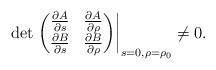
LaTeX: \begin{align*} \det \left.\begin{pmatrix}\frac{\partial A}{\partial s} & \frac{\partial A}{\partial\rho} \\\frac{\partial B}{\partial s} & \frac{\partial B}{\partial\rho}\end{pmatrix} \right|_{s=0,\rho=\rho_0} \neq 0.\end{align*}